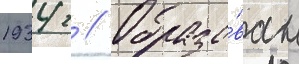
1934 г // Образо́ван